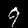
Digit: 9